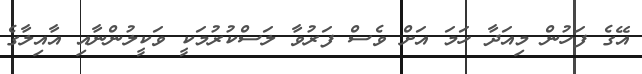
އޭގެ ފަހުން މިއަދާ ހަމަ އަށް ވެސް ފަރުވާ ލަސްކުރުމަކީ ވަކީލުންނާއި އާއިލާގެ